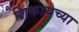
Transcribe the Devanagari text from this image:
शिकायच्या